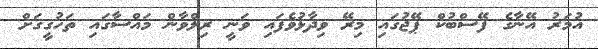
އުމަރު އޭނާގެ ފޭސްބުކް ޕޭޖުގައި މިރޭ ވިދާޅުވެފައި ވަނީ ރިލްވާން މައްސާގައި ތަހުގީގަށް